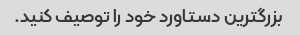
بزرگترین دستاورد خود را توصیف کنید.